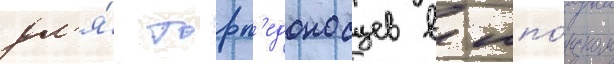
дл'я́ торп'едоносцев в япо́нском